Treatise on elephants
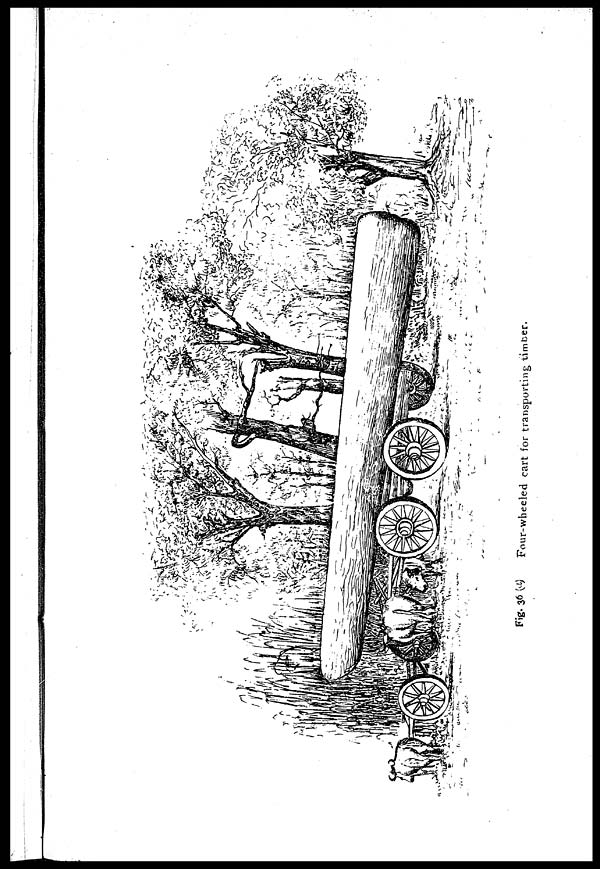
Fig. 36 (a) Four-wheeled cart for transporting timber.